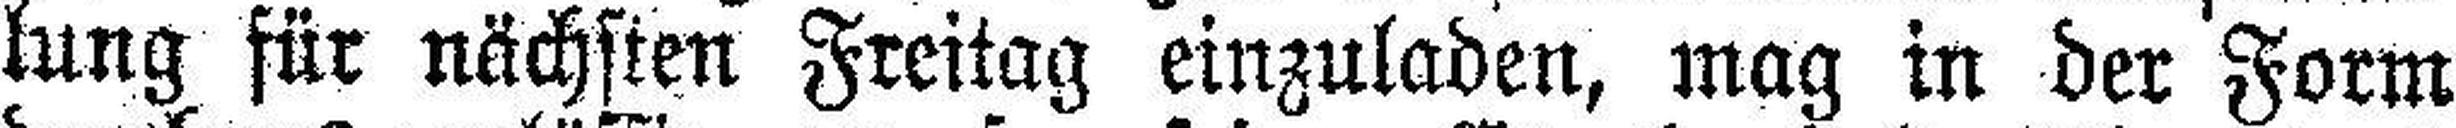
lung für nächsten Freitag einzuladen, mag in der Form